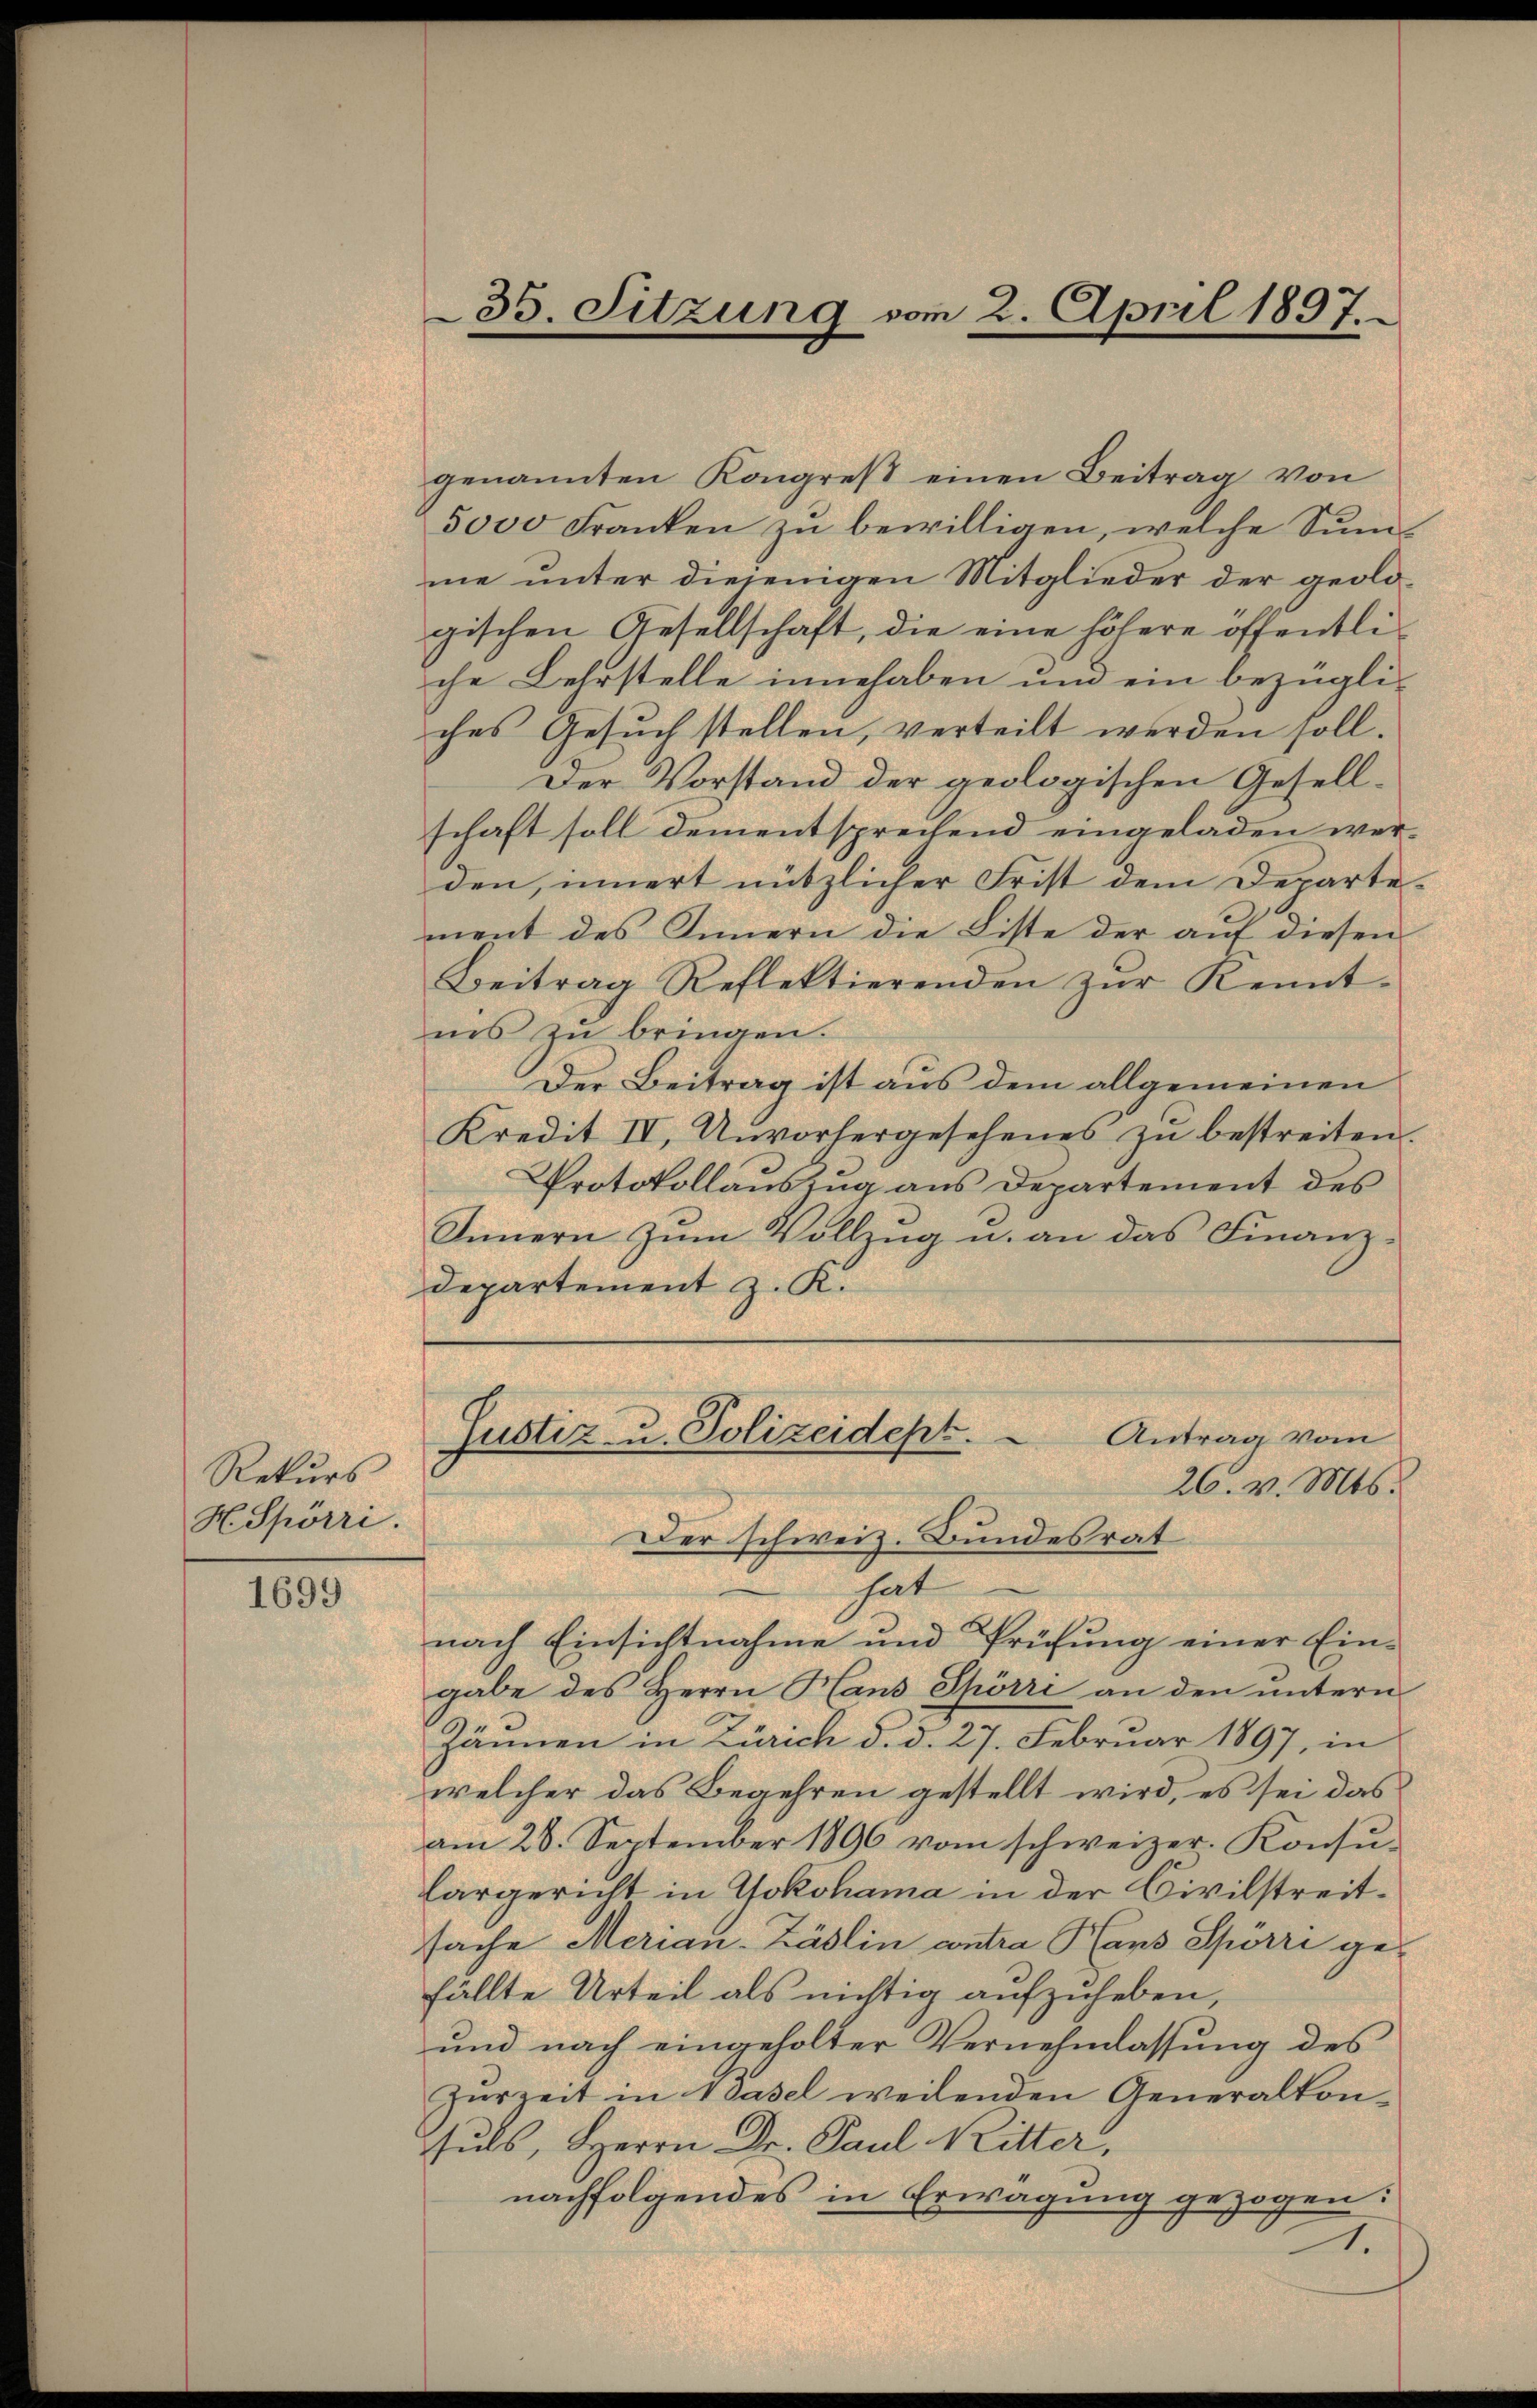
Rekurs
H. Spörri.

1699

35. Sitzung vom 2. April 1897.

genannten Kongreß einen Beitrag von
5000 Franken zŭ bewilligen, welche Summe unter diejenigen Mitglieder der geologischen Gesellschaft, die eine höhere öffentliche Lehrstelle innehaben und ein bezügliches Gesuch stellen, verteilt werden soll.
Der Vorstand der geologischen Gesellschaft soll dementsprechend eingeladen werden, innert nützlicher Frist dem Departement des Innern die Liste der auf diesen
Beitrag Reflektierenden zŭr Kennt-
inns zu bringen.
Der Beitrag ist aus dem allgemeinen
Kredit IV, Unvorhergesehenes zŭ bestreiten.
Protokollauszug aus Departement des
Innern zum Vollzug u. an das Finanz¬
Departement z. K.
Justiz u. Polizeidept.
Antrag vom
26. v. Mts.
Der schweiz. Bundesrat
hat
nach Einsichtnahme und Prüfung einer Eingabe des Herrn Hans Spörri an den untern
Zännen in Zürich d. d. 27. Februar 1897, in
welcher das Begehren gestellt wird, es sei das
am 28. September 1896 vom schweizer. Konsu-
Cargericht in Yokohama in der Civilstreitsache Merian-Zäslin contra Plans Spörri gefällte Urteil als nichtig aufzuheben,
und nach eingeholter Vernehmlassung des
Herzeit in dasel weilenden Generalkonsuls, Herrn Dr. Paul Ritter,
nachfolgendes in Erwägung gezogen:
.